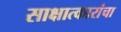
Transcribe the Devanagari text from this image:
साक्षात्कारांचा